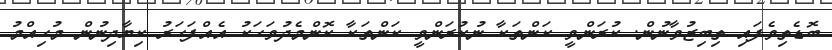
ބޮޑެތިވެފައި ތިބިޒުވާނުން. ކުރަންވީ ކަންތަކާ ނުކުރަންވީ ކަންތަކާ ކޮންމެދުވަހަކު އެއްފަހަރު ކިޔާދިނުން މުހިއްމު